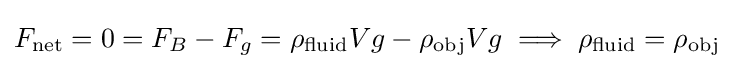
F_{\text{net}}=0=F_{B}-F_{g}=\rho _{\text{fluid}}Vg-\rho _{\text{obj}}Vg\implies \rho _{\text{fluid}}=\rho _{\text{obj}}